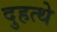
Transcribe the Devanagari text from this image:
दुहत्थे